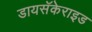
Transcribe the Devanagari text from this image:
डायसॅकेराइड